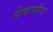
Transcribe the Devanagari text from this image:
शिफारशीवर